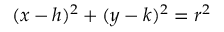
( x - h ) ^ { 2 } + ( y - k ) ^ { 2 } = r ^ { 2 }